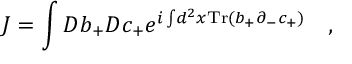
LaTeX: J = \int D b _ { + } D c _ { + } e ^ { i \int \! d ^ { 2 } x \mathrm { T r } ( b _ { + } \partial _ { - } c _ { + } ) } \quad ,